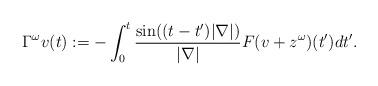
LaTeX: \begin{align*}\Gamma ^\omega v (t):=-\int_0^t \frac{\sin((t-t')|\nabla|)}{|\nabla|}F(v+z^\omega)(t')dt'.\end{align*}